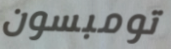
تومبسون